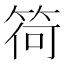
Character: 𥮆